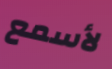
لأسمع